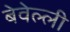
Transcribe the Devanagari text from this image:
बेवेल्ली